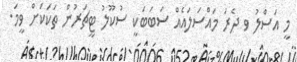
މީ އަސްލު ވ ދެރަ މައްސަލައެއް ސަބަބަކީ ސުކޫލު ޓީޗަރުން ތަކަކަށް ވީމަ.